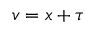
v = x + \tau